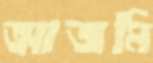
আজমি